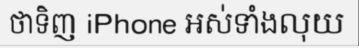
ថាទិញ iPhone អស់ទាំងលុយ